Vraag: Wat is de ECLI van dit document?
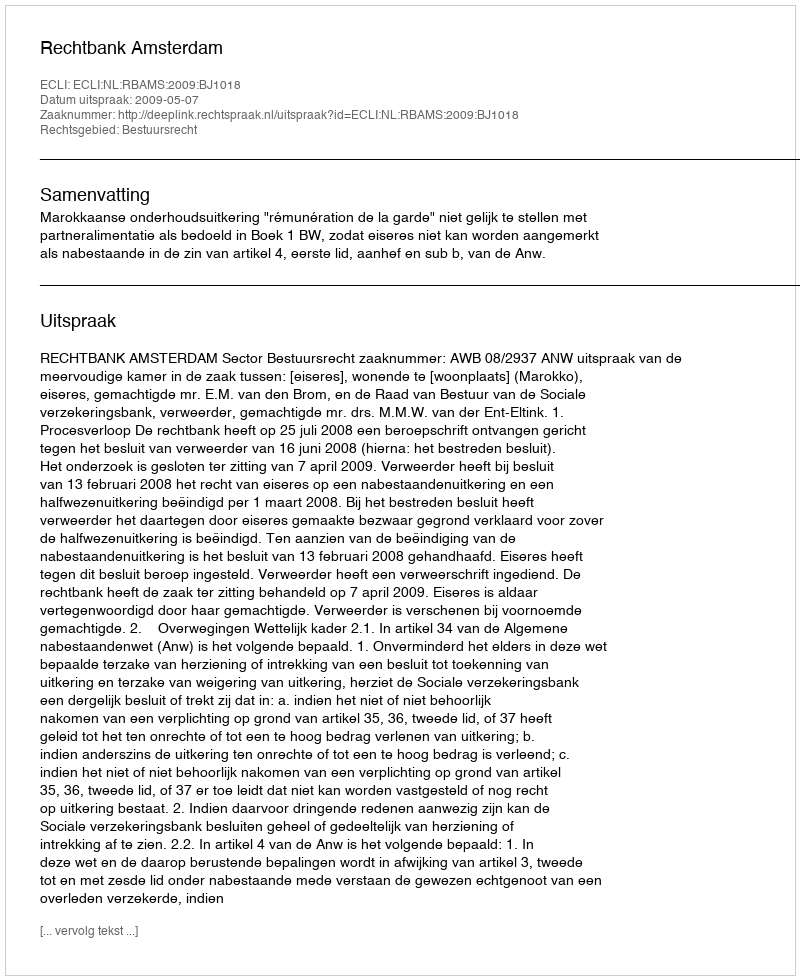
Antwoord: ECLI:NL:RBAMS:2009:BJ1018